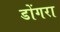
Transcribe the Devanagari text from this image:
डोंगरा